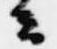
云